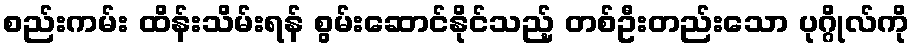
စည်းကမ်း ထိန်းသိမ်းရန် စွမ်းဆောင်နိုင်သည့် တစ်ဦးတည်းသော ပုဂ္ဂိုလ်ကို